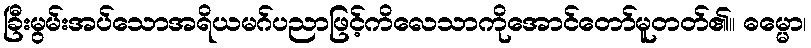
ခြီးမွမ်းအပ်သောအရိယမဂ်ပညာဖြင့်ကိလေသာကိုအောင်တော်မူတတ်၏။ ဓမ္မော၊